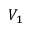
V _ { 1 }